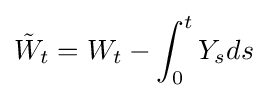
{\tilde {W}}_{t}=W_{t}-\int _{0}^{t}Y_{s}ds